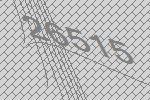
26515